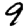
Digit: 9